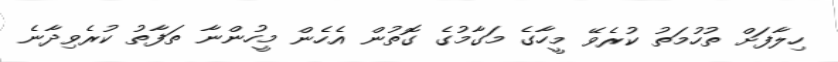
ހިލާފަށް ތުހުމަތު ކުރެވޭ މީހާގެ މަގާމުގެ ގޮތުން އެހެން މީހުންނާ ތަފާތު ކުރެވިދާނެ